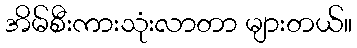
အိမ်စီးကားသုံးလာတာ များတယ်။